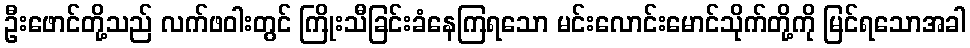
ဦးဖောင်တို့သည် လက်ဖဝါးတွင် ကြိုးသီခြင်းခံနေကြရသော မင်းလောင်းမောင်သိုက်တို့ကို မြင်ရသောအခါ